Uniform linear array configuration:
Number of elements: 16
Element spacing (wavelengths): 0.75
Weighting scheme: hann
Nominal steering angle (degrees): -45
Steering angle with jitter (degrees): -44.003
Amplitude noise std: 0.05
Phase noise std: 0.05

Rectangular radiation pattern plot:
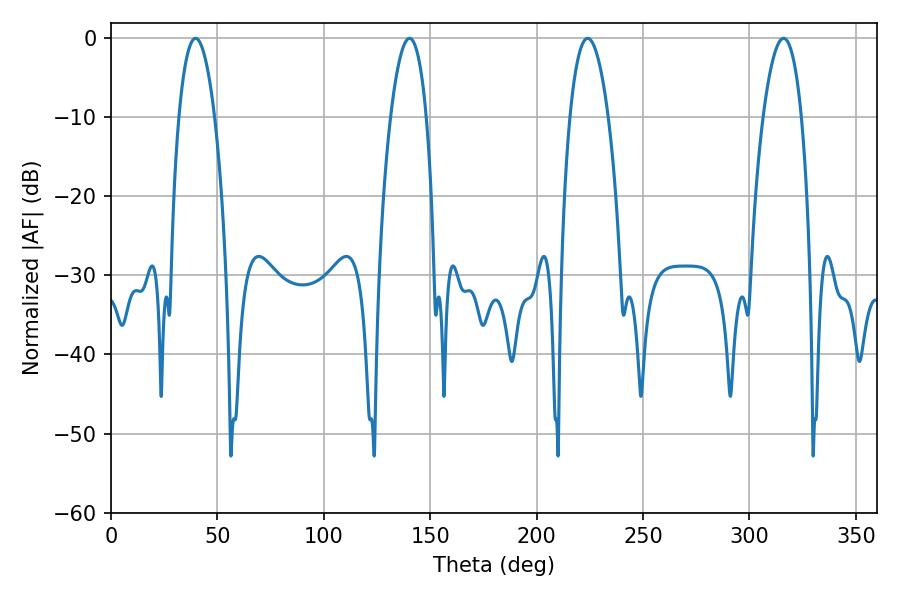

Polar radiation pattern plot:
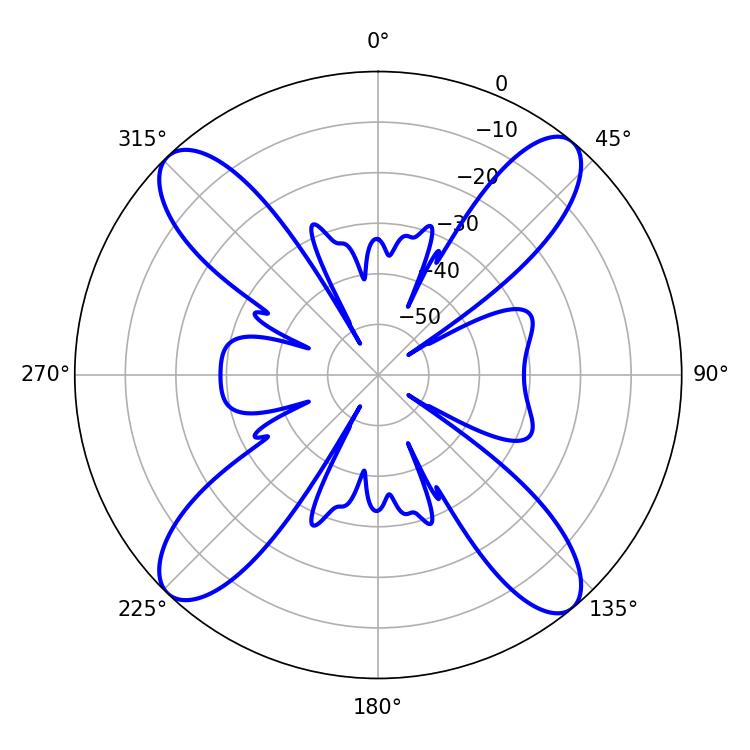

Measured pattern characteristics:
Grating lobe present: TRUE
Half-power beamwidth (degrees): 9.9
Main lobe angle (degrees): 223.92